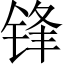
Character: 锋